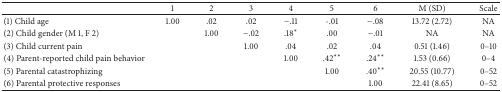
<table><thead><tr><td><b> </b></td><td><b>1</b></td><td><b>2</b></td><td><b>3</b></td><td><b>4</b></td><td><b>5</b></td><td><b>6</b></td><td><b>M (SD)</b></td><td><b>Scale</b></td></tr></thead><tbody><tr><td>(1) Child age</td><td>1.00</td><td>.02</td><td>.02</td><td>−.11</td><td>-.01</td><td>−.08</td><td>13.72 (2.72)</td><td>NA</td></tr><tr><td>(2) Child gender (M 1, F 2)</td><td> </td><td>1.00</td><td>−.02</td><td>.18*</td><td>.00</td><td>−.01</td><td>NA</td><td>NA</td></tr><tr><td>(3) Child current pain</td><td> </td><td> </td><td>1.00</td><td>.04</td><td>.02</td><td>.04</td><td>0.51 (1.46)</td><td>0–10</td></tr><tr><td>(4) Parent-reported child pain behavior</td><td> </td><td> </td><td> </td><td>1.00</td><td>.42**</td><td>.24**</td><td>1.53 (0.66)</td><td>0–4</td></tr><tr><td>(5) Parental catastrophizing</td><td> </td><td> </td><td> </td><td> </td><td>1.00</td><td>.40**</td><td>20.55 (10.77)</td><td>0–52</td></tr><tr><td>(6) Parental protective responses</td><td> </td><td> </td><td> </td><td> </td><td> </td><td>1.00</td><td>22.41 (8.65)</td><td>0–52</td></tr></tbody></table>